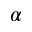
\alpha